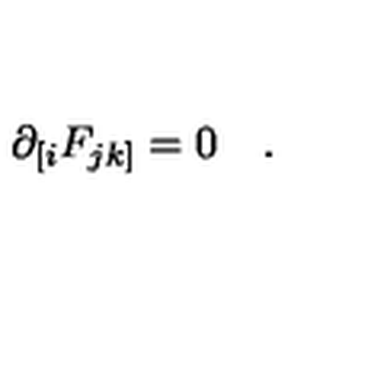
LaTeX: \partial _ { [ i } F _ { j k ] } = 0 \quad .